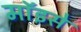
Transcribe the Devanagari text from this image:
मॉइसे